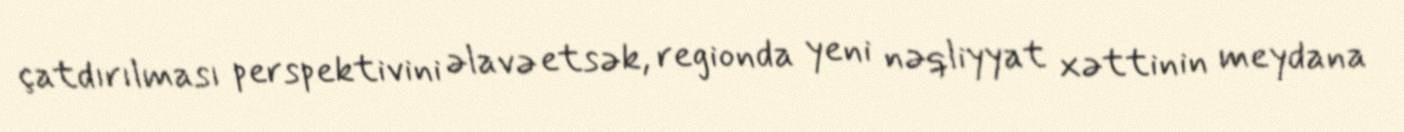
çatdırılması perspektivini əlavə etsək, regionda yeni nəqliyyat xəttinin meydana